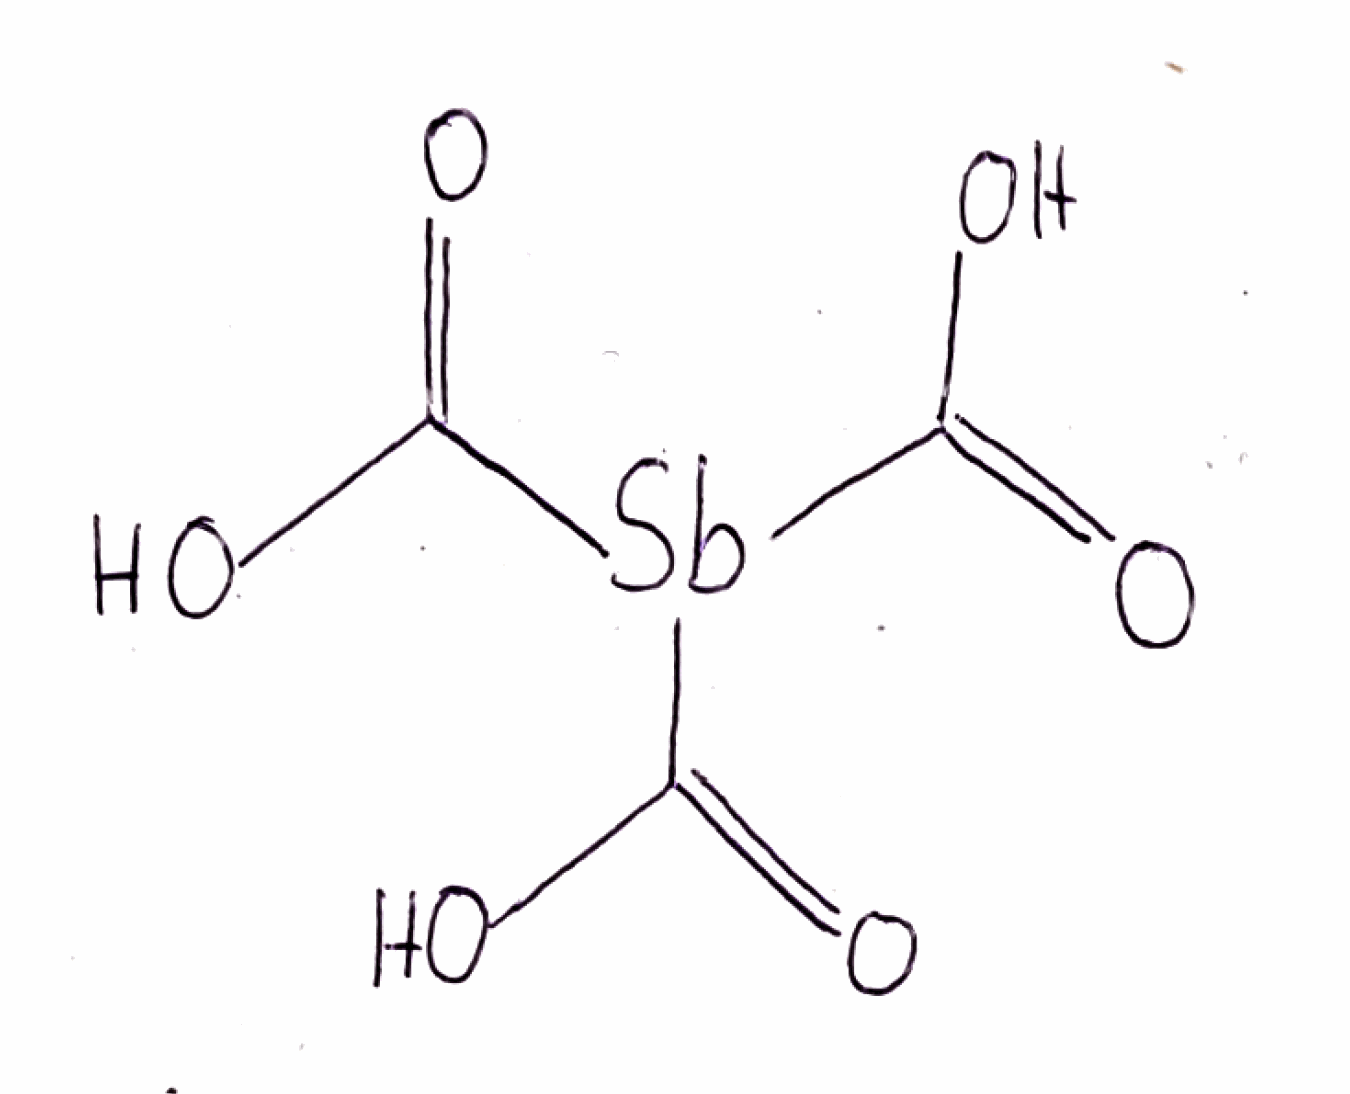
Simplified molecular-input line-entry system (SMILES) notation of the given molecule:
C(=O)(O)[Sb](C(=O)O)C(=O)O